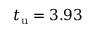
t _ { \mathrm { u } } = 3 . 9 3